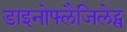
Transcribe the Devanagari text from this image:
डाइनोफ्लैजिलेट्स